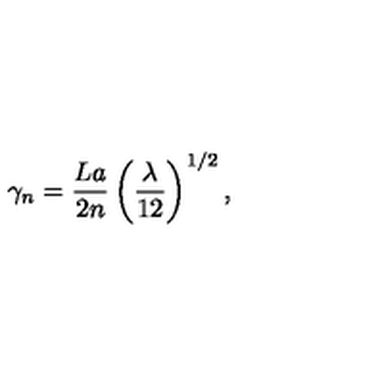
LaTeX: \gamma _ { n } = \frac { L a } { 2 n } \left( \frac { \lambda } { 1 2 } \right) ^ { 1 / 2 } ,